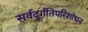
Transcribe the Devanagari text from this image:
सर्वदुर्गतिपरिशोधन